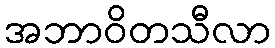
အဘာဝိတသီလာ